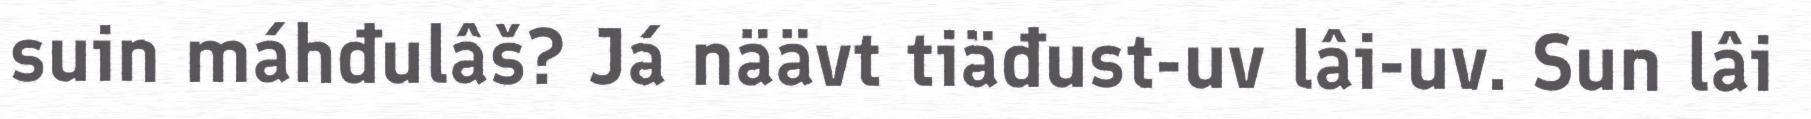
suin máhđulâš? Já näävt tiäđust-uv lâi-uv. Sun lâi